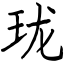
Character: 珑